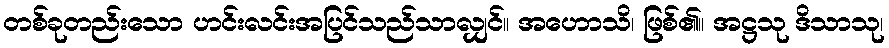
တစ်ခုတည်းသော ဟင်းလင်းအပြင်သည်သာလျှင်။ အဟောသိ၊ ဖြစ်၏။ အဋ္ဌသု ဒိသာသု၊